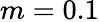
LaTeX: m=0.1